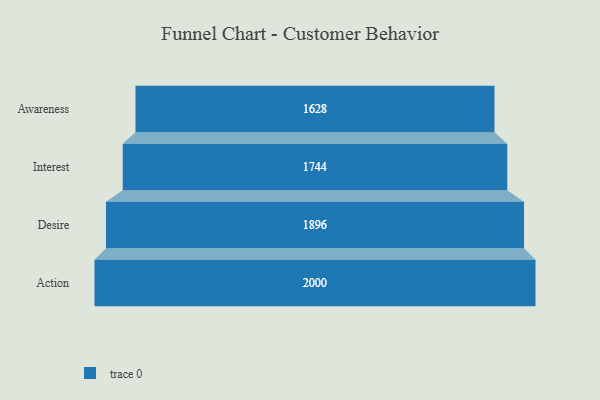
{"axis": {"x": "Stage", "y": "Value"}, "legend": [""], "data": [{"x": "Awareness", "y": 1628.0, "type": ""}, {"x": "Interest", "y": 1744.0, "type": ""}, {"x": "Desire", "y": 1896.0, "type": ""}, {"x": "Action", "y": 2000, "type": ""}]}